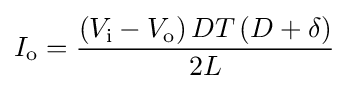
I_{\text{o}}={\frac {\left(V_{\text{i}}-V_{\text{o}}\right)DT\left(D+\delta \right)}{2L}}